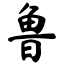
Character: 鲁